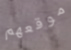
موقعهم